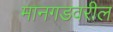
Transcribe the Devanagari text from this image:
मानगडवरील